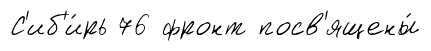
С'иб'и́рь 76 фронт посв'ящены́